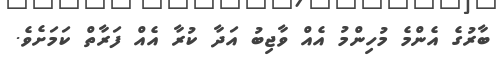
ބާރުގެ އެންމެ މުހިންމު އެއް ވާޖިބު އަދާ ކުރާ އެއް ފަރާތް ކަމަށެވެ.